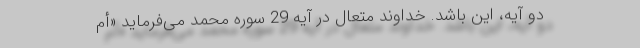
دو آیه، این باشد. خداوند متعال در آیه 29 سوره محمد می‌فرماید «أَمْ